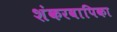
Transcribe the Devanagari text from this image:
शंकरवापिका